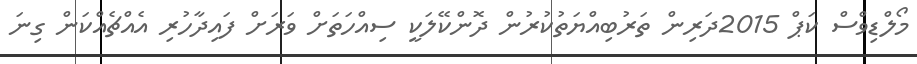
މޯލްޑިވްސް ކަޕް 2015ދަރިން ތަރުބިއްޔަތުކުރުން ދޮންކޭލަކީ ސިއްހަތަށް ވަރަށް ފައިދާހުރި އެއްޗެއްކަން ގިނަ